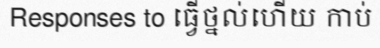
Responses to ធ្វើថ្នល់ហើយ កាប់